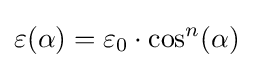
\varepsilon (\alpha )=\varepsilon _{0}\cdot \cos ^{n}(\alpha )